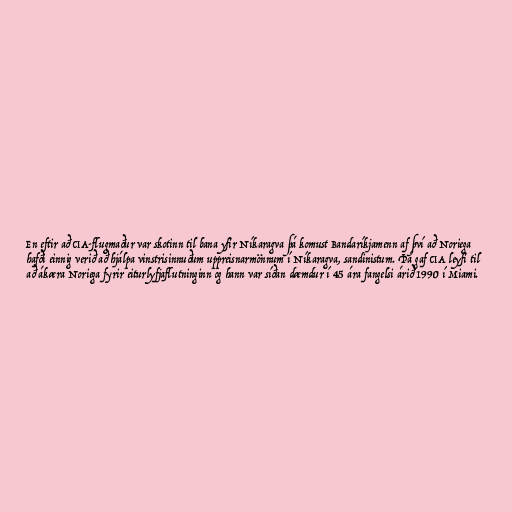
En eftir að CIA-flugmaður var skotinn til bana yfir Níkaragva þá komust Bandaríkjamenn af því að Noriega
hafði einnig verið að hjálpa vinstrisinnuðum uppreisnarmönnum í Níkaragva, sandinistum. Þá gaf CIA leyfi til
að ákæra Noriega fyrir eiturlyfjaflutninginn og hann var síðan dæmdur í 45 ára fangelsi árið 1990 í Miami.